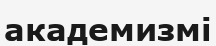
академизмі